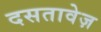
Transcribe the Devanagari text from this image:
दसतावेज़